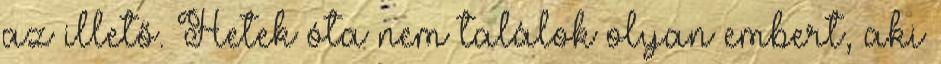
az illető. Hetek óta nem találok olyan embert, aki